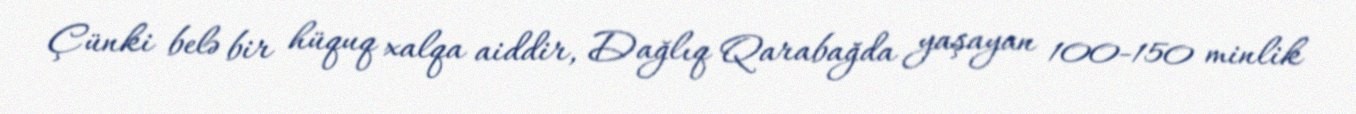
Çünki belə bir hüquq xalqa aiddir, Dağlıq Qarabağda yaşayan 100-150 minlik